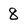
Character: 8